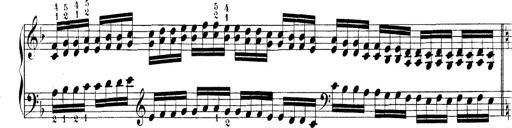
Title: Technische Studien
Composer: Franz Liszt